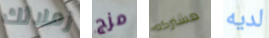
زملائك مزج مشتركه لديه